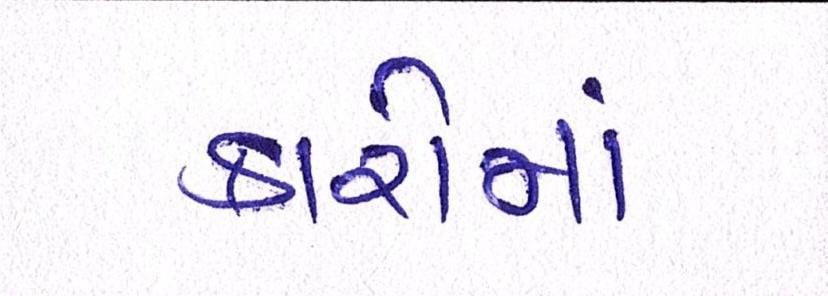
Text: કારોમાં